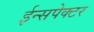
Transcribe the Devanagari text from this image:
ईन्सपेक्टर